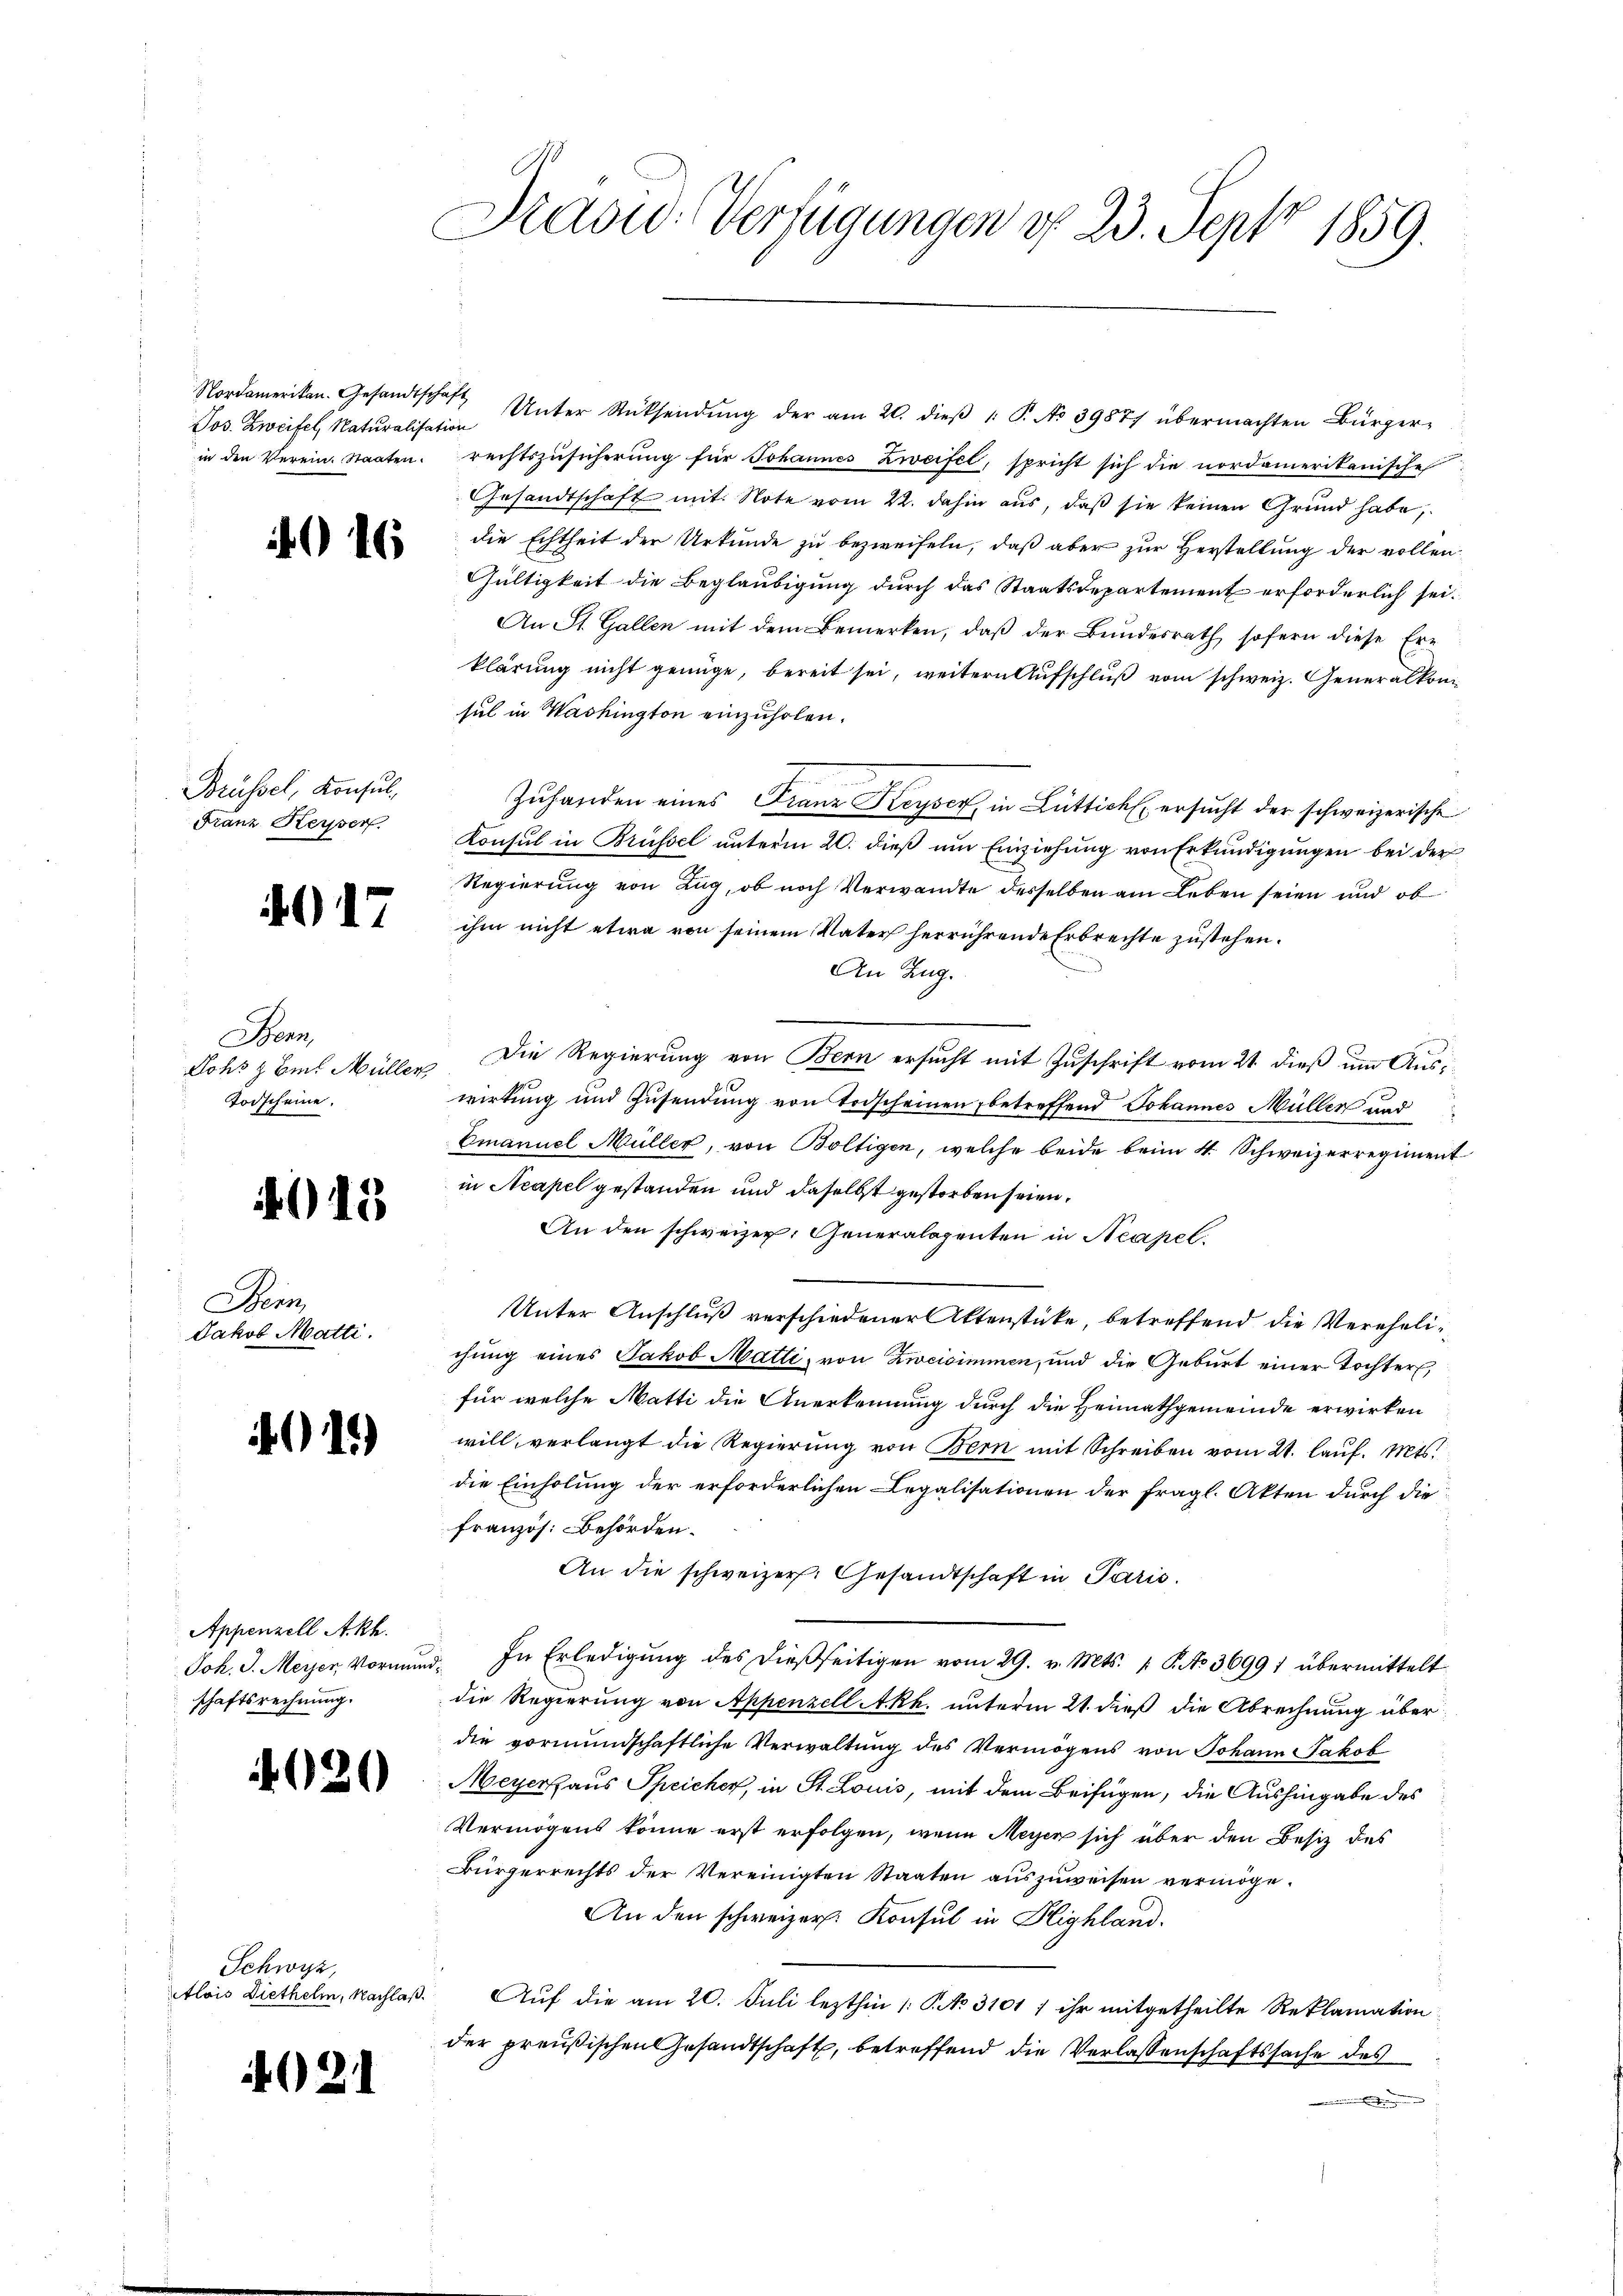
Jos. Zweifel, Naturalisation

4016

Brüssel, Konsul-
Franz Keyser

417

Bern,
Lohs z. B. Müller,
Todscheine.

Bern,
Jakob Matti.

11)

Appenzell Akh.
schaftsrechnung.

2

15

620

Schwyz,
Alois Diethelm, Nachlaß.

Präsid. Verfügungen d. 23. Sept 1859.

Nordamerikan. Gesandtschaft Unter Rücksendŭng der am 20. dieβ 1. P. No 39877 übermachten Bürger-
in den Verein Staaten rechtszusicherŭng für Johannes Zweifel, spricht sich die nordamerikanische
Gesandtschaft mit Note vom 22. dahin aus, daß sie keinen Grund habe,
die Echtheit der Urkunde zu bezweifeln, daß aber zur Herstellung der vollen
Gültigkeit die Beglaubigung durch das Staatsdepartement erforderlich sei.
An St. Gallen mit dem Bemerken, daβ der Bundesrath sofern diese Ern
klärung nicht genüge, bereit sei, weitern Aufschluß vom schweiz. Generalkomsul in Washington einzuholen.
Zuhanden eines Franz Keyser, in Lüttich ersucht der schweizerische
Konsul in Brüssel unterm 20. dieß um Einziehung von Erkundigungen bei der
Regierung von Zug, ob noch Verwandte desselben am Leben seien und ob
ihm nicht etwa von seinem Vater herrührende Erbrechte zustehen.
An Zug.
Die Regierung von Bern ersucht mit Zuschrift vom 21. dieß um Auswirkung und Zusendung von Todscheinen, betreffend Johannes Müller und
Emanuel Müller, von Boltigen, welche beide beim 4. Schweizerregiment
in Neapel gestanden und daselbst gestorben seien.
An den schweizer. Generalogenten in Neapel.
Unter Anschluß verschiedener Aktenstücke, betreffend die Verehelichung eines Jakob Matti, von Zweisimmen, und die Geburt einer Tochter,
für welche Matti die Anerkennung durch die Heimathgemeinde erwirken
will, verlangt die Regierung von Bern mit Schreiben vom 21. lauf. Mts.
die Einholung der erforderlichen Legalisationen der fragl. Akten durch die
französ. Behörden.
An die schweizer. Gesandtschaft in Paris.
Joh. J. Meyer, Vormund. In Erledigŭng des dießseitigen vom 29. v. Mts. 1 S. No 36991 übermittelt
die Regierung von Appenzell A.Rh. unterm 21. dieß die Abrechnung über
die vormundschaftliche Verwaltung des Vermögens von Johann Jakob
Meyeraus Speicher, in St. Louis, mit dem Beifügen, die Aushingabe des
Vermögens könne erst erfolgen, wenn Meyen sich über den Besitz des
Bürgerrechts der Vereinigten Staaten aŭszŭweisen vermöge.
An den schweizer. Konsul in Highland.
Auf die am 20. Juli lezthin 1 S. 3101; ihr mitgetheilte Reklamation
der preußischen Gesandtschaft, betreffend die Verlassenschaftssache des